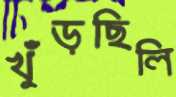
খুঁড়ছিলি